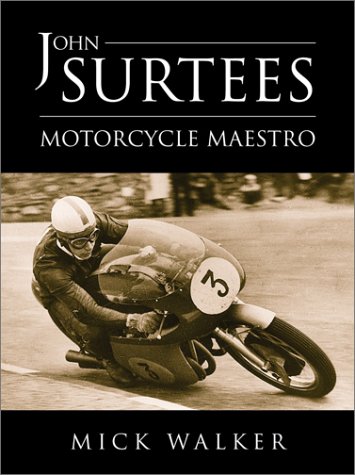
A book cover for John Surtees: Motorcycle Maestro; Mick Walker; Sports & Outdoors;